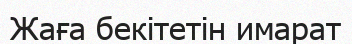
Жаға бекітетін имарат